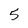
Character: 5